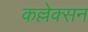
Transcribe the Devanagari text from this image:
कल्लेक्सन